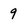
Character: 9